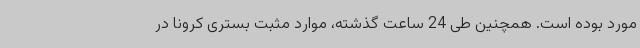
مورد بوده است. همچنین طی 24 ساعت گذشته، موارد مثبت بستری کرونا در